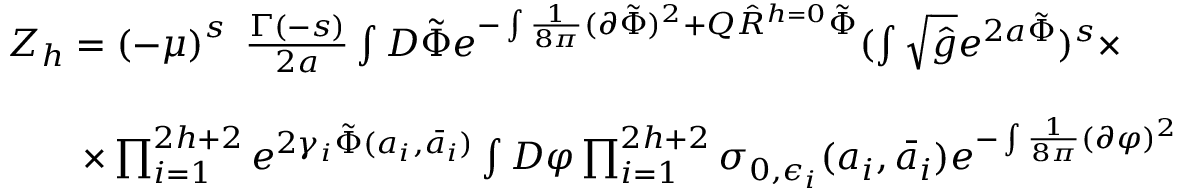
\begin{array} { l } { { Z _ { h } = \left( - \mu \right) ^ { s } \; \frac { \Gamma ( - s ) } { 2 a } \int D \tilde { \Phi } e ^ { - \int \frac { 1 } { 8 \pi } ( \partial \tilde { \Phi } ) ^ { 2 } + Q \hat { R } ^ { h = 0 } \tilde { \Phi } } ( \int \sqrt { \hat { g } } e ^ { 2 a \tilde { \Phi } } ) ^ { s } \times } } \\ { { \nonumber } } \\ { { \qquad \times \prod _ { i = 1 } ^ { 2 h + 2 } e ^ { 2 \gamma _ { i } \tilde { \Phi } ( a _ { i } , \bar { a } _ { i } ) } \int D \varphi \prod _ { i = 1 } ^ { 2 h + 2 } \sigma _ { 0 , \epsilon _ { i } } ( a _ { i } , \bar { a } _ { i } ) e ^ { - \int \frac { 1 } { 8 \pi } ( \partial \varphi ) ^ { 2 } } } } \end{array}